Annual statistical returns and brief notes on vaccination in Bengal - 1896-1909
Year: 1896
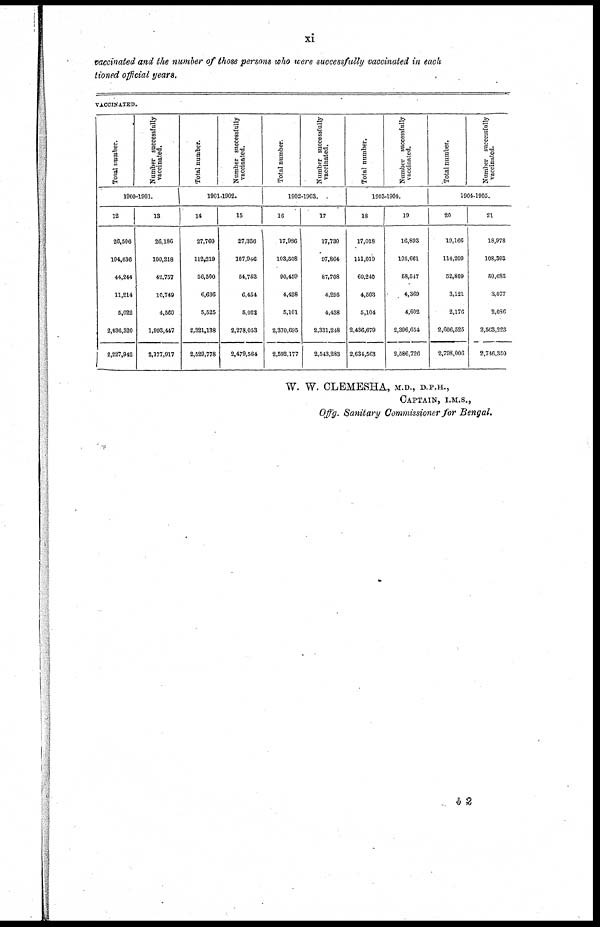
xi
vaccinated and the number of those persons who were successfully vaccinated in each
tioned official years.
VACCINATED.
Total number.
Number successfully
vaccinated.
1900-1901.
12
26,506
104,636
44,244
11,214
5,022
2,036,320
2,227,942
13
26,186
100,218
42,757
10,749
4,560
1,993,447
2,177,917
Total number.
Number successfully
vaccinated.
1901-1902.
14
27,760
112,219
56,500
6,636
5,525
2,321,138
2,529,778
15
27,336
107,946
54,753
6,454
5,022
2,278,053
2,479,564
Total number.
Number successfully
vaccinated.
1902-1903.
16
17,986
103,508
90,459
4,428
5,101
2,370,095
2,592,177
17
17,730
97,864
87,708
4,295
4,438
2,331,248
2,543,283
Total number.
Number successfully
vaccinated.
1903-1904.
18
17,018
111,019
60,240
4,503
5,104
2,436,679
2,634,563
19
16,893
105,661
58,547
4,369
4,602
2,396,654
2,586,726
Total number.
Number successfully
vaccinated.
1904-1905.
20
19,166
114,209
52,809
3,121
2,176
2,606,525
2,798,006
21
18,978
108,303
50,683
3,077
2,036
2,563,223
2,746,350
W. W. CLEMESHA, M.D., D.P.H.,
CAPTAIN, I.M.S.,
Offg. Sanitary Commissioner for Bengal.
b2